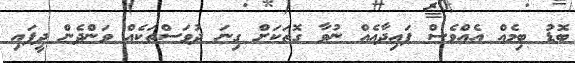
ބޮޑު ބިމެއް އެއްވެސް ފައިދާއެއް ނުވާ ގޮތަކަށް ގިނަ ދުވަސްތަކެއް ވަންދެން ދީފައި